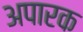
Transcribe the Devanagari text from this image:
अपारक